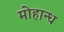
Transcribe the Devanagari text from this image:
मोहान्ध